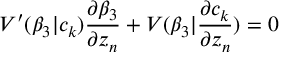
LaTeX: V ^ { \prime } ( \beta _ { 3 } | c _ { k } ) \frac { \partial \beta _ { 3 } } { \partial z _ { n } } + V ( \beta _ { 3 } | \frac { \partial c _ { k } } { \partial z _ { n } } ) = 0